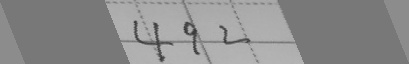
4 9 2